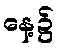
နေ့၌